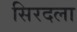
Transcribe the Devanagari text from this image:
सिरदला